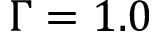
\Gamma = 1 . 0